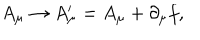
LaTeX: A _ { \mu } \rightarrow A _ { \mu } ^ { \prime } = A _ { \mu } + \partial _ { \mu } f ,